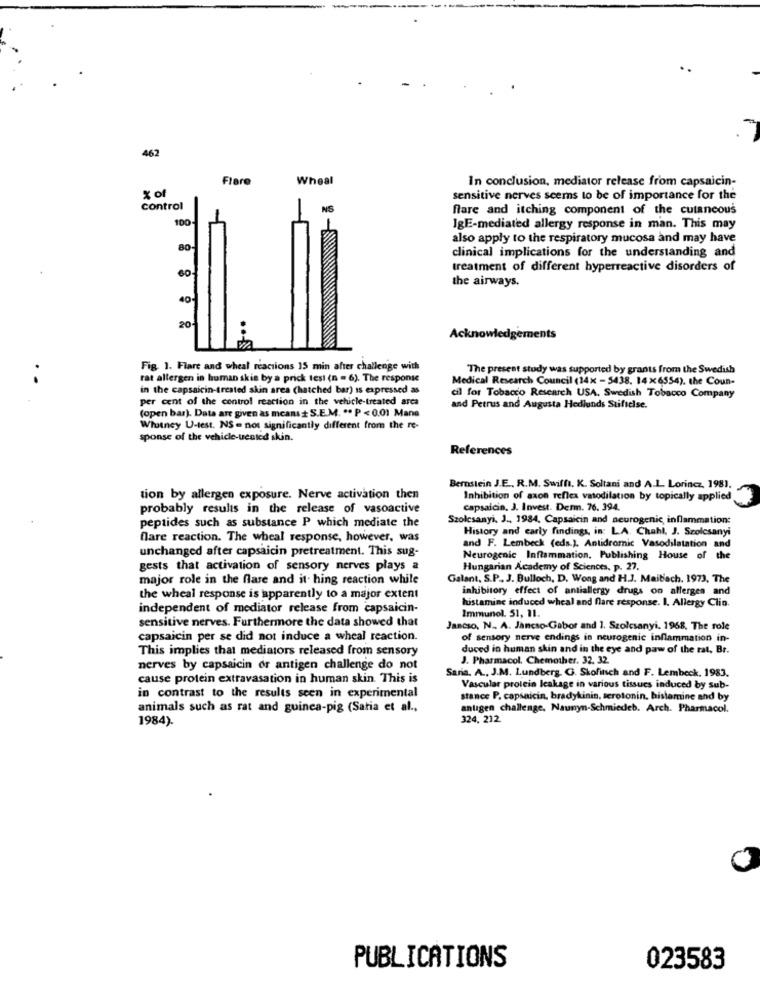
462
Flere
Wheal
In conclusion, mediator release from capsaicin-
sensitive nerves seems to be of importance for the
control
NS
fare and itching component of the cutaneous
100
IgE-mediated allergy response in man. This may
also apply to the respiratory mucosa and may have
80-
clinical implications for the understanding and
60
treatment of different hyperreactive disorders of
the airways.
40-
20
Acknowledgements
Fig. 1. Flare and wheal reactions 15 min after challenge with
The present study was supported by grants from the Swedish
rat allergen in human skie by a prick test (n = 6). The response
Medical Research Council (14x - 5438. 14×6554). the Coun-
in the capsaicin-treated skin area (hatched bar) is expressed as
per cent of the control reaction in the vehicle-treated arca
cil for Tobacco Research USA. Swedish Tobacco Company
(open bar). Data are given as means + S.E.M. ". P < 0.01 Mane
and Petrus and Augusta Hedlunds Stiftelse.
Whutney U-test. NS = nos significantly different from the re-
sponse of the vehicle-tested skin.
References
Bernstein J.E ., R.M. Swiffi. K. Soltani and A.L. Lorincz, 1981.
tion by allergen exposure. Nerve activation then
Inhibition of axon reflex vasodilation by topically applied
probably results in the release of vasoactive
capsaicin. J. Invest. Derm. 76. 394.
Szolcsanyi, J ., 1984, Capsaicin and neurogenic, inflammation:
peptides such as substance P which mediate the
History and carly findings, in: LA. Chahl, J. Szolcsanyi
fare reaction. The wheal response, however, was
unchanged after capsaicin pretreatment. This sug-
and F. Lembeck (eds.). Antidromic Vasodilatation and
Neurogenic Inflammation, Publishing House of the
gests that activation of sensory nerves plays a
Hungarian Academy of Sciences, p. 27.
major role in the flare and it. hing reaction while
Galant, S.P. J. Bulloch, D. Wong and H.J. Maibach. 1973, The
inhibitory effect of antiallergy drugs on allergen and
the wheal response is apparently to a major extent
histamine induced wheal and flare response. I. Allergy Clin.
independent of mediator release from capsaicin-
sensitive nerves. Furthermore the data showed that
Immunol. 51, 11.
Jancso, N. A. Jancso-Gabor and 1. Szolcsanyi. 1968. The role
capsaicin per se did not induce a wheal reaction.
of sensory nerve endings in neurogenic inflammation in-
This implies that mediators released from sensory
duced in human skin and in the eye and paw of the rat. Br.
J. Pharmacol. Chemother. 32. 32.
nerves by capsaicin or antigen challenge do not
Saria. A ., J.M. Lundberg. G. Skofinch and F. Lembeck, 1983.
cause protein extravasation in human skin. This is
Vascular protein leakage in various tissues induced by sub-
in contrast to the results seen in experimental
stance P. capsaicin, bradykinin, serotonin, histamine and by
animals such as rat and guinea-pig (Satia et al .,
antigen challenge, Naunyn-Schmiedeb. Arch. Pharmacol.
1984).
324. 212.
PUBLICATIONS
023583